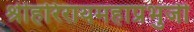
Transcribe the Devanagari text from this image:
श्रीहरिरायमहाप्रभुजी